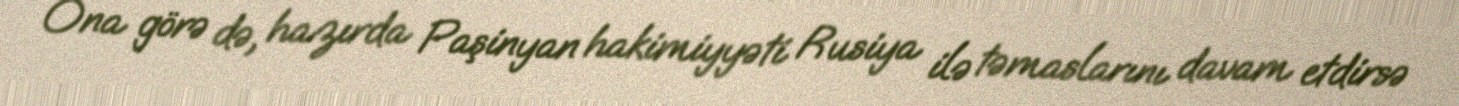
Ona görə də, hazırda Paşinyan hakimiyyəti Rusiya ilə təmaslarını davam etdirsə